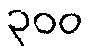
၃၀၀